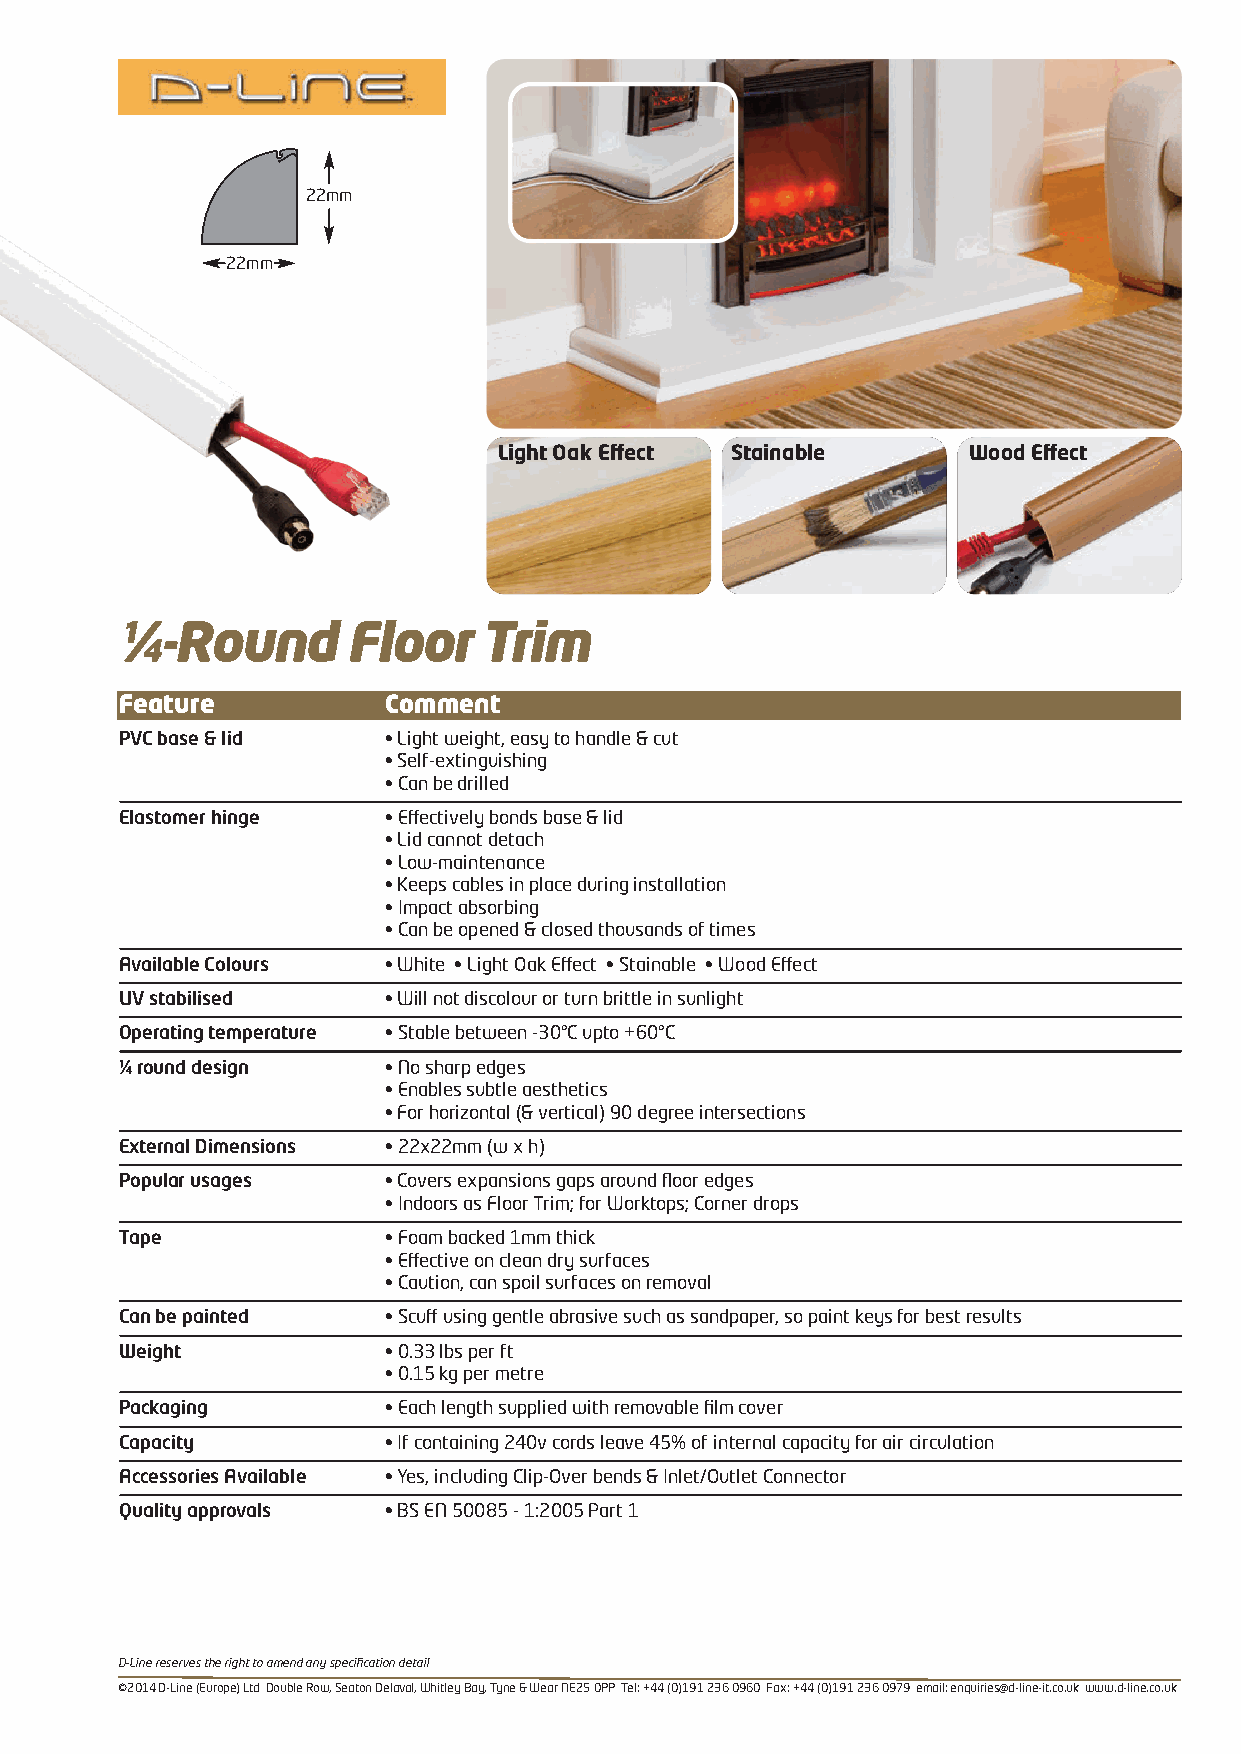
22mm
 22mm
 Light Oak Effect Stainable     Wood Effect
 ¼-Round        Floor    Trim
 Feature          Comment
 PVC base & lid   • Light weight, easy to handle & cut
 • Self-extinguishing
 • Can be drilled
 Elastomer hinge  • Effectively bonds base & lid
 • Lid cannot detach
 • Low-maintenance
 • Keeps cables in place during installation
 • Impact absorbing
 • Can be opened & closed thousands of times
 Available Colours • White • Light Oak Effect • Stainable • Wood Effect
 UV stabilised    • Will not discolour or turn brittle in sunlight
 Operating temperature • Stable between -30°C upto +60°C
 ¼ round design   • No sharp edges
 • Enables subtle aesthetics
 • For horizontal (& vertical) 90 degree intersections
 External Dimensions • 22x22mm (w x h)
 Popular usages   • Covers expansions gaps around floor edges
 • Indoors as Floor Trim; for Worktops; Corner drops
 Tape             • Foam backed 1mm thick
 • Effective on clean dry surfaces
 • Caution, can spoil surfaces on removal
 Can be painted   • Scuff using gentle abrasive such as sandpaper, so paint keys for best results
 Weight           • 0.33 lbs per ft
 • 0.15 kg per metre
 Packaging        • Each length supplied with removable film cover
 Capacity         • If containing 240v cords leave 45% of internal capacity for air circulation
 Accessories Available • Yes, including Clip-Over bends & Inlet/Outlet Connector
 Quality approvals • BS EN 50085 - 1:2005 Part 1
 D-Line reserves the right to amend any specification detail
 ©2014 D-Line (Europe) Ltd Double Row, Seaton Delaval, Whitley Bay, Tyne & Wear NE25 0PP Tel: +44 (0)191 236 0960 Fax: +44 (0)191 236 0979 email: enquiries@d-line-it.co.uk www.d-line.co.uk